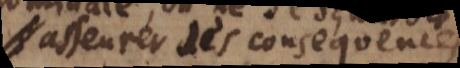
asseurer des consequences